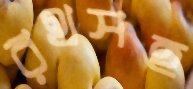
রথসহ